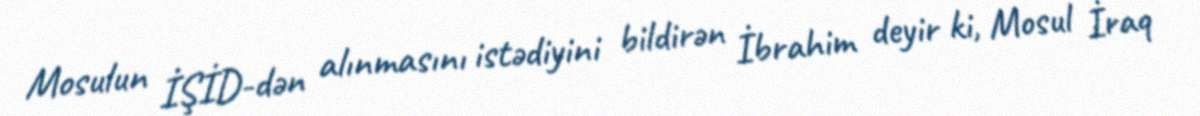
Mosulun İŞİD-dən alınmasını istədiyini bildirən İbrahim deyir ki, Mosul İraq